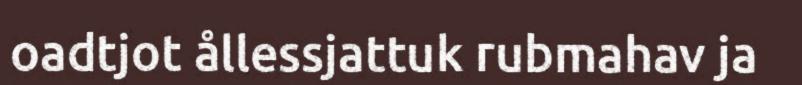
oadtjot ållessjattuk rubmahav ja